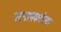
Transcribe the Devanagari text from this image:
पटनायकांच्या